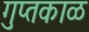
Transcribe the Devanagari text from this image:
गुप्तकाळ